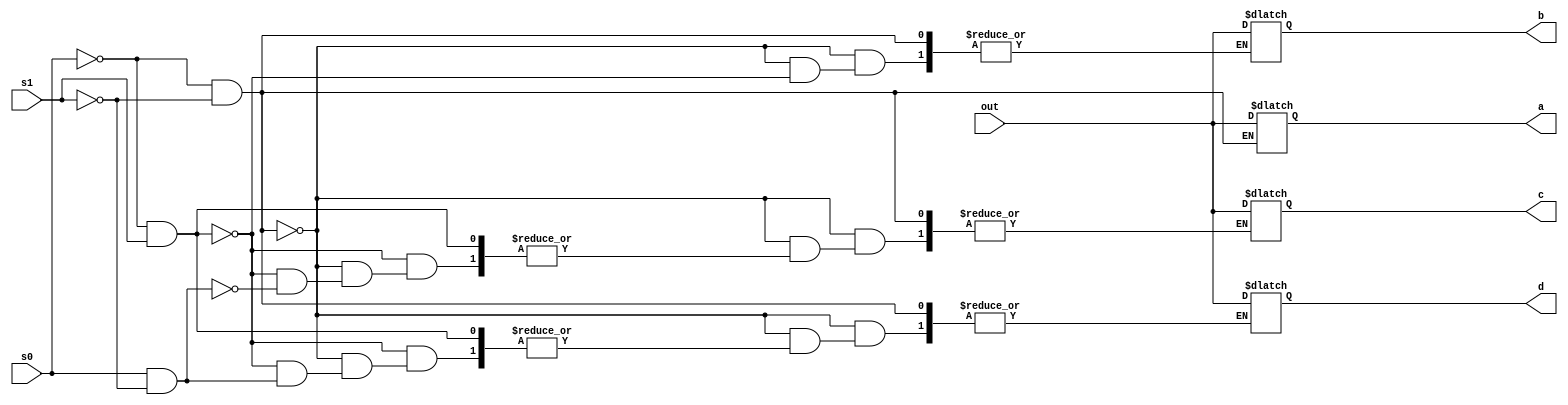
`timescale 1ns / 1ps
//////////////////////////////////////////////////////////////////////////////////
// Company: 
// Engineer: 
// 
// Design Name: 
// Module Name: behav
// Project Name: 
// Target Devices: 
// Tool Versions: 
// Description: 
// 
// Dependencies: 
// 
// Revision:
// Revision 0.01 - File Created
// Additional Comments:
// 
//////////////////////////////////////////////////////////////////////////////////


module behav(
    input out,
    input s0,
    input s1,
    output reg a,
    output reg b,
    output reg c,
    output reg d
    );
    always@(out or s0 or s1)
    begin
    if(s0==0&s1==0)
    a=out;
    else if(s0==0&s1==1)
    b=out;
    else if(s0==1&s1==0)
    c=out;
    else
    d=out;
    end
endmodule